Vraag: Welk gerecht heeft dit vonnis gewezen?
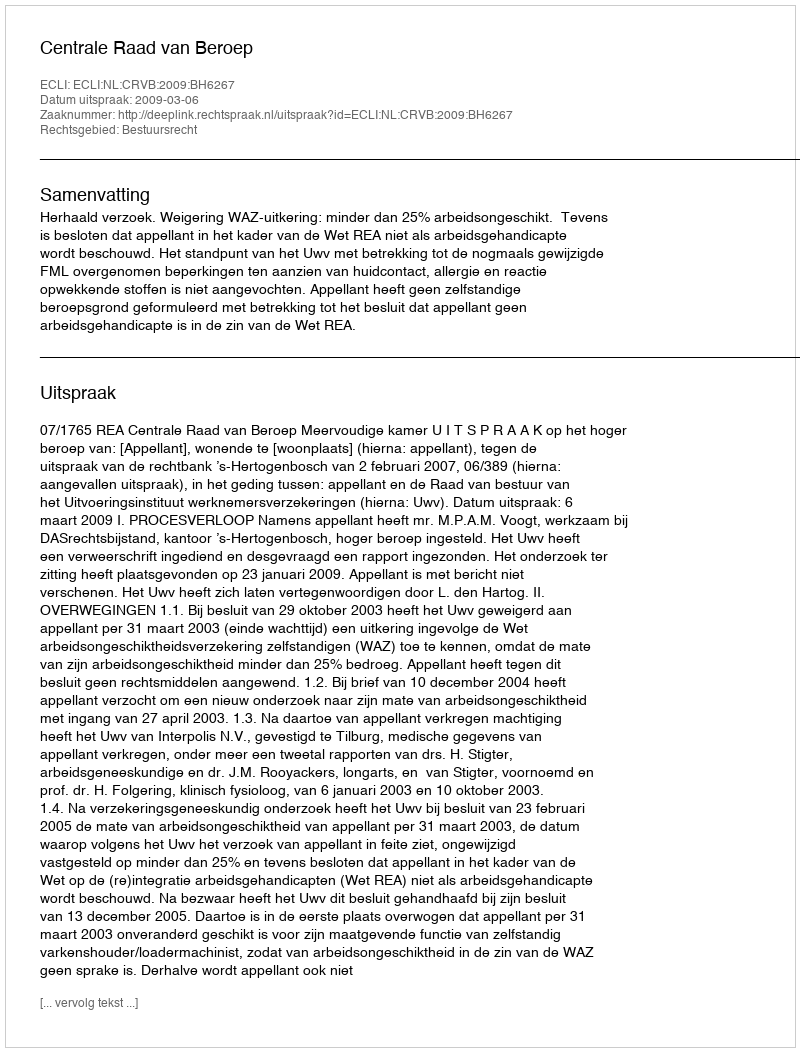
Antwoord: Centrale Raad van Beroep